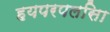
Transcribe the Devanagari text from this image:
हयपरपलसिा